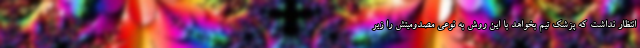
انتظار نداشت که پزشک تیم بخواهد با این روش به نوعی مصدومیتش را زیر